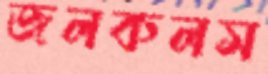
জলকলস